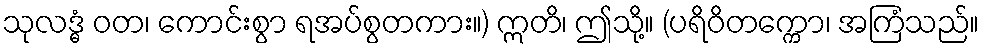
သုလဒ္ဓံ ဝတ၊ ကောင်းစွာ ရအပ်စွတကား။) ဣတိ၊ ဤသို့။ (ပရိဝိတက္ကော၊ အကြံသည်။